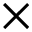
\times